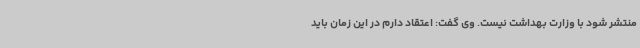
منتشر شود با وزارت بهداشت نیست. وی گفت: اعتقاد دارم در این زمان باید